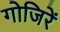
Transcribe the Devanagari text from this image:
गोजिरें